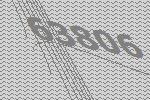
63806